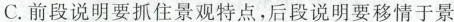
C.前段说明要抓住景观特点，后段说明要移情于景